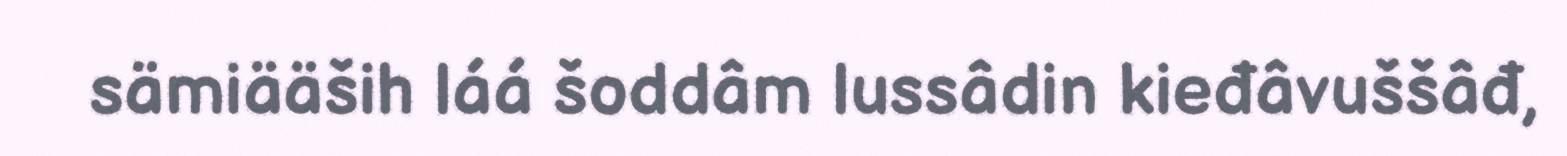
sämiääših láá šoddâm lussâdin kieđâvuššâđ,